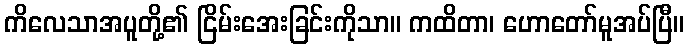
ကိလေသာအပူတို့၏ ငြိမ်းအေးခြင်းကိုသာ။ ကထိတာ၊ ဟောတော်မူအပ်ပြီ။